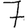
Digit: 7